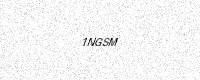
Text: 1NGSM